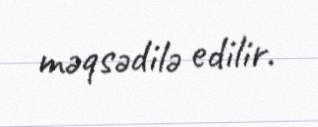
məqsədilə edilir.